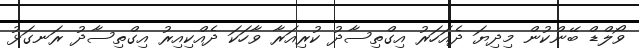
ވޯލްޑް ބޭންކުން މިދިޔަ ދެއަހަރު އިގްތިސާދު ކުރިއަރާ ވާހަކަ ދެއްކިއިރު އިގްތިސާދު ރަނގަޅު